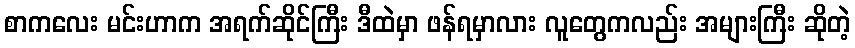
စာကလေး မင်းဟာက အရက်ဆိုင်ကြီး ဒီထဲမှာ ဖန်ရမှာလား လူတွေကလည်း အများကြီး ဆိုတဲ့